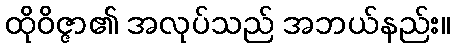
ထိုဝိဇ္ဇာ၏ အလုပ်သည် အဘယ်နည်း။